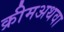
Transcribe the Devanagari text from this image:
क्रीमअथवा